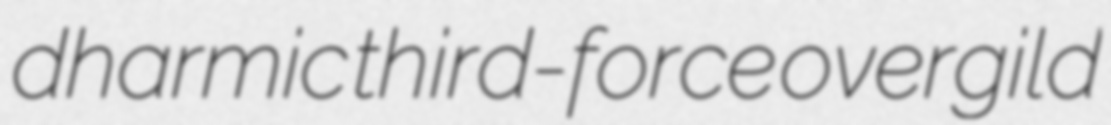
dharmic third-force overgild